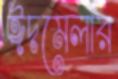
ঈদমেলার